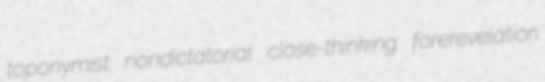
toponymist nondictatorial close-thinking forerevelation